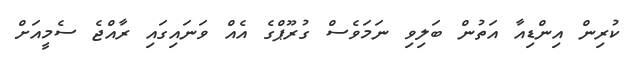
ކުރިން އިންޑިއާ އަތުން ބަލިވި ނަމަވެސް ގުރޫޕްގެ އެއް ވަނައިގައި ރާއްޖެ ސެމީއަށް